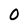
Character: O